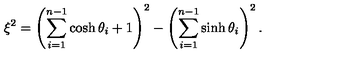
\xi ^ { 2 } = \left( \sum _ { i = 1 } ^ { n - 1 } \cosh \theta _ { i } + 1 \right) ^ { 2 } - \left( \sum _ { i = 1 } ^ { n - 1 } \sinh \theta _ { i } \right) ^ { 2 } .